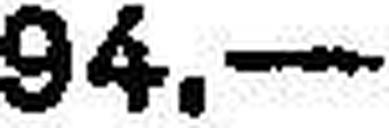
94.—